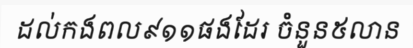
ដល់កងពល៩១១ផងដែរ ចំនួន៥លាន